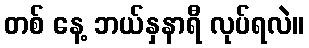
တစ် နေ့ ဘယ်နှနာရီ လုပ်ရလဲ။